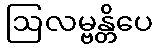
ဩလမ္ဗန္တိပေ